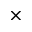
\times